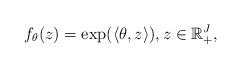
LaTeX: \begin{align*} f_\theta(z)=\exp(\langle\theta, z\rangle), z\in\mathbb{R}_+^J, \end{align*}